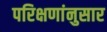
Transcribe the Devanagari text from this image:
परिक्षणांनुसार